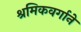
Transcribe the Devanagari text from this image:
श्रमिकवर्गाने